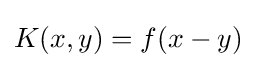
K(x,y)=f(x-y)